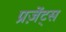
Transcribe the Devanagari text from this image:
प्रज़ेंट्स